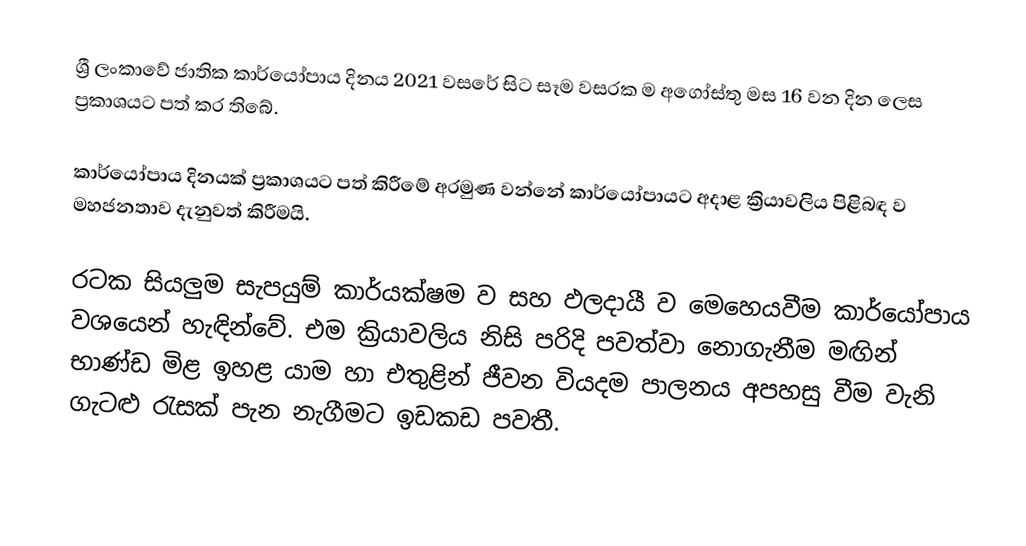
ශ්‍රී ලංකාවේ ජාතික කාර්යෝපාය දිනය 2021 වසරේ සිට සෑම වසරක ම අගෝස්තු මස 16 වන දින ලෙස ප්‍රකාශයට පත් කර තිබේ.

කාර්යෝපාය දිනයක් ප්‍රකාශයට පත් කිරීමේ අරමුණ වන්නේ කාර්යෝපායට අදාළ ක්‍රියාවලිය පිළිබඳ ව මහජනතාව දැනුවත් කිරීමයි.

රටක සියලුම සැපයුම් කාර්යක්ෂම ව සහ ඵලදායී ව මෙහෙයවීම කාර්යෝපාය වශයෙන් හැඳින්වේ. එම ක්‍රියාවලිය නිසි පරිදි පවත්වා නොගැනීම මඟින් භාණ්ඩ මිළ ඉහළ යාම හා එතුළින් ජීවන වියදම පාලනය අපහසු වීම වැනි ගැටළු රැසක් පැන නැගීමට ඉඩකඩ පවතී.